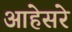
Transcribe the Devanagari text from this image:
आहेसरे